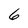
Character: 6